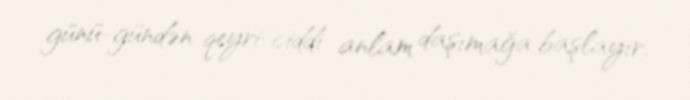
günü-gündən qeyri-ciddi anlam daşımağa başlayır.